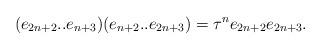
LaTeX: \begin{align*}(e_{2n+2}..e_{n+3})(e_{n+2}..e_{2n+3}) = {\tau}^ne_{2n+2}e_{2n+3}.\end{align*}